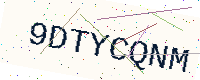
Text: 9DTYCQNM